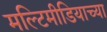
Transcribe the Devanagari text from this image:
मल्टिमीडियाच्या